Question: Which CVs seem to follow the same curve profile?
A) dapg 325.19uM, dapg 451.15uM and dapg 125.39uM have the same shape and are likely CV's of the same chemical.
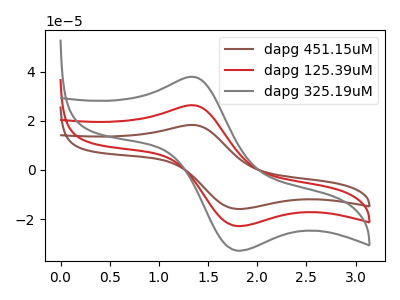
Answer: <think>The brown curve "dapg 451.15uM" has an anodic peak at (1.35V, 52.80uA) and a cathodic peak at (1.80V, -45.70uA). The red curve "dapg 125.39uM" has an anodic peak at (1.35V, 26.40uA) and a cathodic peak at (1.80V, -22.85uA). The gray curve "dapg 325.19uM" has an anodic peak at (1.35V, 38.00uA) and a cathodic peak at (1.80V, -32.85uA).
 All the peaks in "dapg 451.15uM" have a peak in "dapg 125.39uM" at the same potential. Every peak in "dapg 451.15uM" is higher than every peak in "dapg 125.39uM". All the peaks in "dapg 451.15uM" have a peak in "dapg 325.19uM" at the same potential. Every peak in "dapg 451.15uM" is higher than every peak in "dapg 325.19uM". All the peaks in "dapg 125.39uM" have a peak in "dapg 325.19uM" at the same potential. Every peak in "dapg 125.39uM" is lower than every peak in "dapg 325.19uM".</think>
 <answer>A) "dapg 325.19uM", "dapg 451.15uM" and "dapg 125.39uM" have the same shape and are likely CV's of the same chemical.</answer>
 <eval>A</eval>